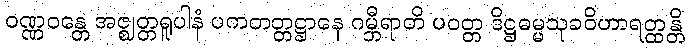
ဝဏ္ဏဝန္တေ အဇ္ဈတ္တရူပါနံ ပကတတ္တဋ္ဌာနေ ဂမ္ဘီရာတိ ပဝတ္တ ဒိဋ္ဌဓမ္မသုခဝိဟာရတ္ထန္တိ